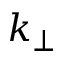
k _ { \perp }